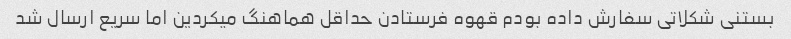
بستنی شکلاتی سفارش داده بودم قهوه فرستادن حداقل هماهنگ میکردین اما سریع ارسال شد